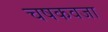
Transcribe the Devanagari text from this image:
चषकवजा